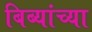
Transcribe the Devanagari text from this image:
बिब्यांच्या